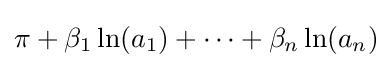
\pi +\beta _{1}\ln(a_{1})+\cdots +\beta _{n}\ln(a_{n})